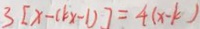
3 [ x - ( k x - 1 ) ] = 4 ( x - k )